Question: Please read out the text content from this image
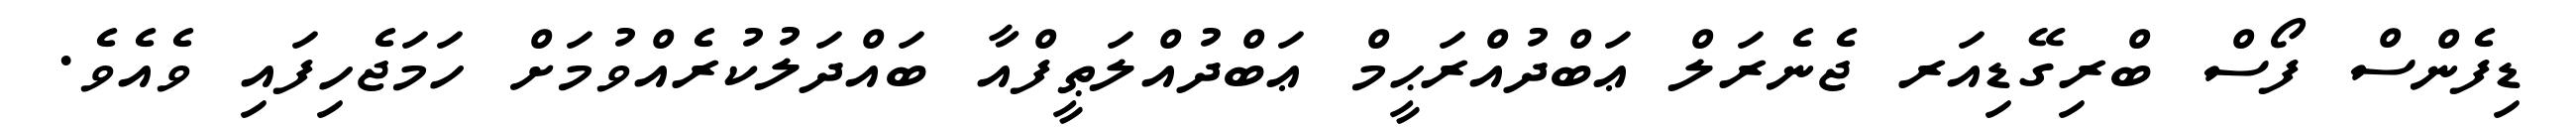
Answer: ޑިފެންސް ފޯސް ބްރިގޭޑިއަރ ޖެނެރަލް ޢަބްދުއްރަޙީމް ޢަބްދުއްލަޠީފްއާ ބައްދަލުކުރެއްވުމަށް ހަމަޖެހިފައި ވެއެވެ.